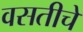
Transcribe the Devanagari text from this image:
वसतीचे